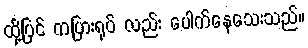
ထို့ပြင် ကပြားရုပ် လည်း ပေါက်နေသေးသည်။